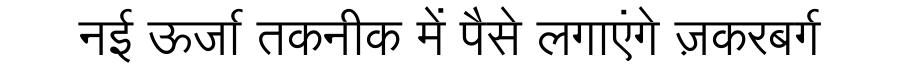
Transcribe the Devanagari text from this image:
नई ऊर्जा तकनीक में पैसे लगाएंगे ज़करबर्ग